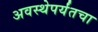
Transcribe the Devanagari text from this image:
अवस्थेपर्यंतचा